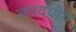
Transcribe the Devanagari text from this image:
आरदयीय